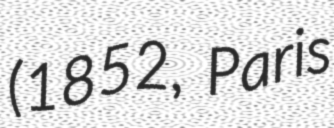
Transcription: (1852, Paris